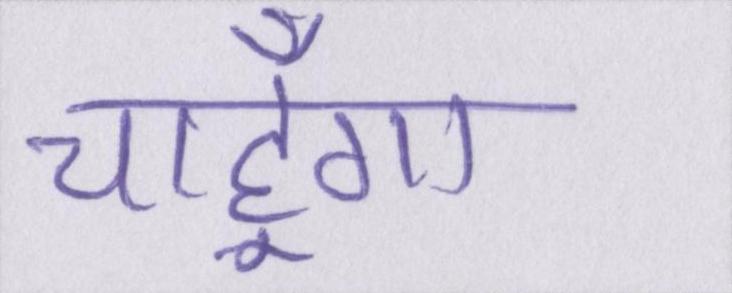
चाहूँगा